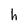
Character: h